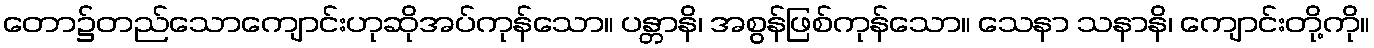
တော၌တည်သောကျောင်းဟုဆိုအပ်ကုန်သော။ ပန္တာနိ၊ အစွန်ဖြစ်ကုန်သော။ သေနာ သနာနိ၊ ကျောင်းတို့ကို။